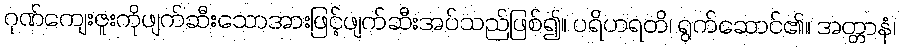
ဂုဏ်ကျေးဇူးကိုဖျက်ဆီးသောအားဖြင့်ဖျက်ဆီးအပ်သည်ဖြစ်၍။ ပရိဟရတိ၊ ရွက်ဆောင်၏။ အတ္တာနံ၊